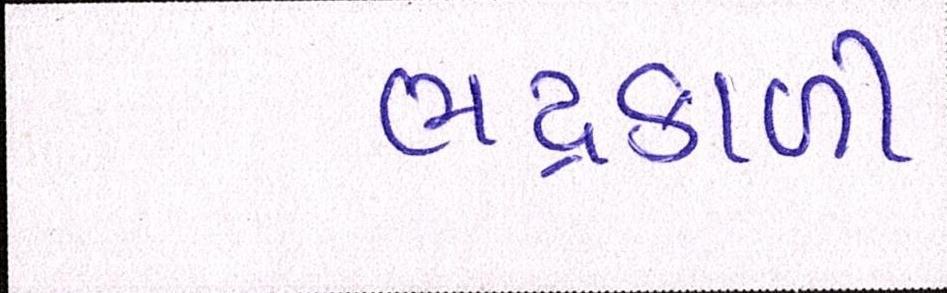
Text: ભદ્રકાળી